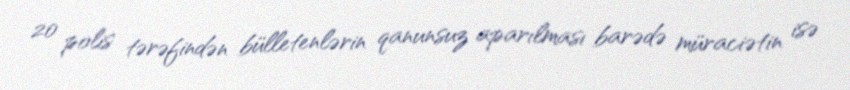
20 polis tərəfindən bülletenlərin qanunsuz aparılması barədə müraciətin isə